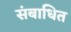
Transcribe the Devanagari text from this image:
संबाधित